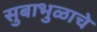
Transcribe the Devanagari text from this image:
सुबाभुळाचे